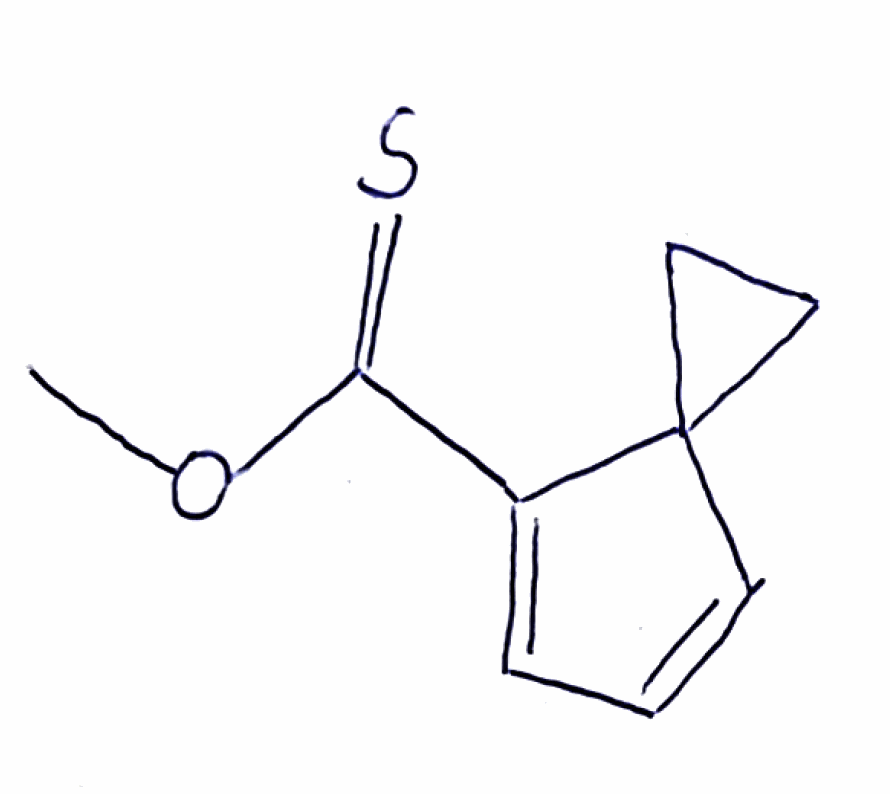
Simplified molecular-input line-entry system (SMILES) notation of the given molecule:
COC(=S)C1=CC=CC12CC2